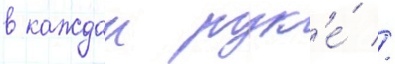
в каждои рук'е́ //